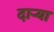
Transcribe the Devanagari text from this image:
दार्‍या